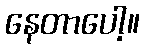
နေတာပေါ့။